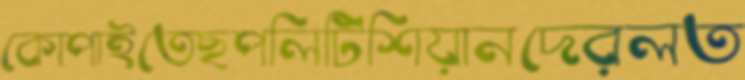
কোপাইতেছপলিটিশিয়ানদেরলত